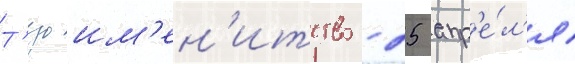
Т'езоим'ен'итство - 25 апр'е́л'я